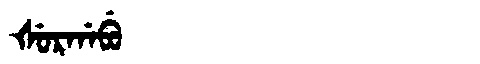
Manchu: ᡧᡠᡵᡤᠠᠪᡠ
Romanization: ŠURGABU